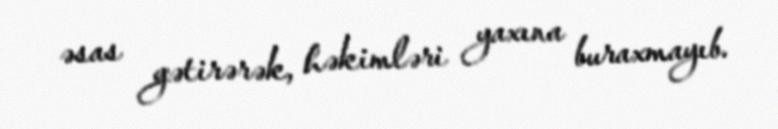
əsas gətirərək, həkimləri yaxına buraxmayıb.